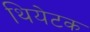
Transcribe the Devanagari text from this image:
थियेटक